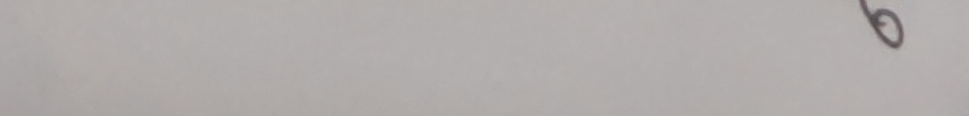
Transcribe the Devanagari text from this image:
६